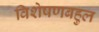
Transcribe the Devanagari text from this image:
विशेषणबहुल